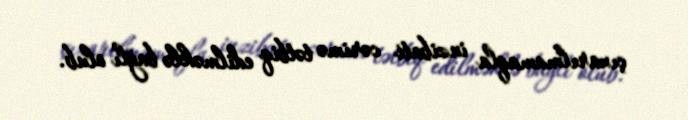
çıxarılmamaqla inzibati cərimə tətbiq edilməklə bağlı olub.